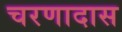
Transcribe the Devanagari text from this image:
चरणादास